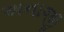
અનાજી